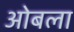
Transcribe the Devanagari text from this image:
ओबला